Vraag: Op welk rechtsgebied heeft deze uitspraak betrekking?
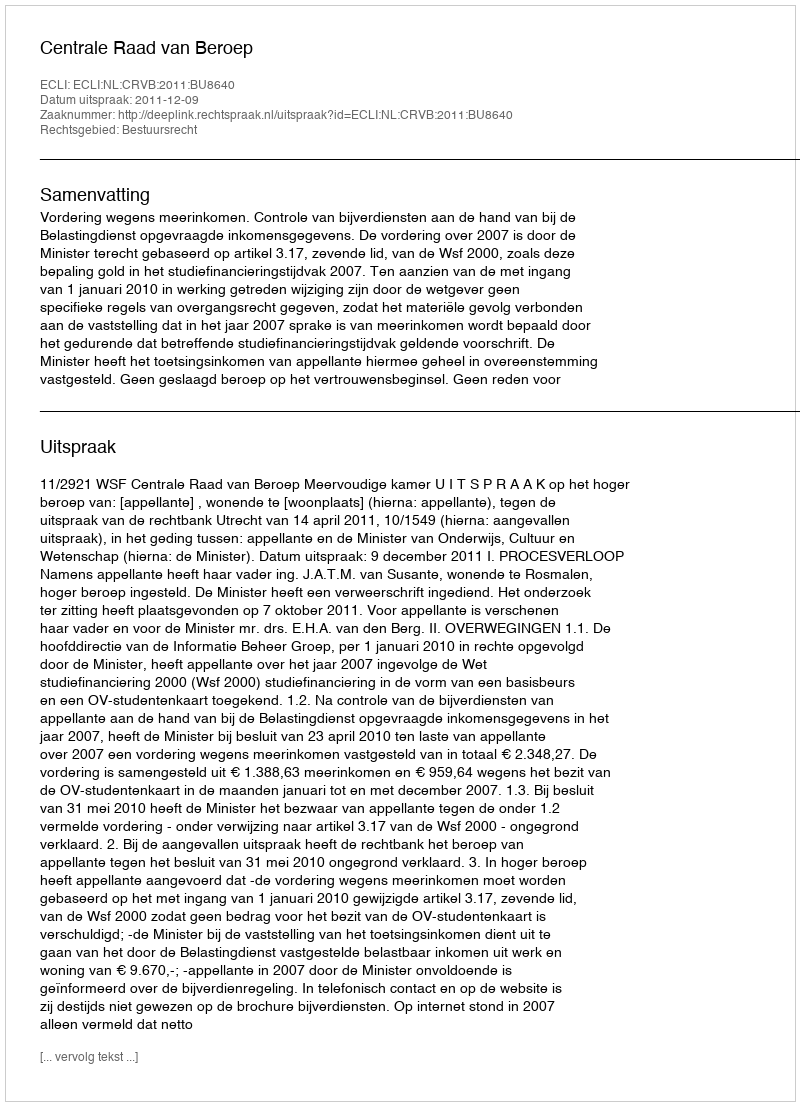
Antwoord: Bestuursrecht